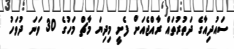
ސައުދިއާގެ ދަތުރުތައް ރާއްޖެއަށް ފެށީ މިދިޔަ މާޗް މަހުގެ 30 ވަނަ ދުވަހު